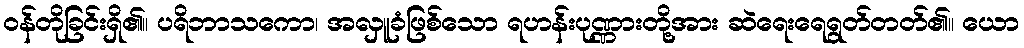
ဝန်တိုခြင်းရှိ၏။ ပရိဘာသကော၊ အလှူခံဖြစ်သော ရဟန်းပုဏ္ဏားတို့အား ဆဲရေးရေရွတ်တတ်၏။ ယော